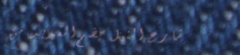
شارع النيل يضم العديد من